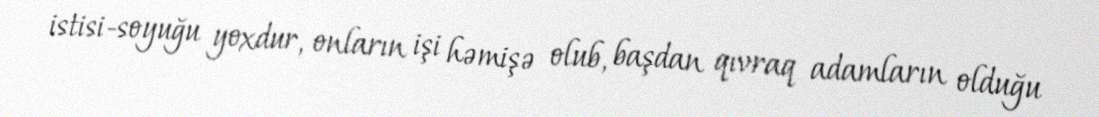
istisi-soyuğu yoxdur, onların işi həmişə olub, başdan qıvraq adamların olduğu